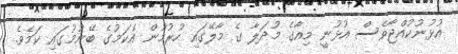
އުޅުނުކުއްޖާވެސް އުޅުނީ މިއާގެ މުދަލާ ގެ މާލޭގައި ހުރުމުން އެކަމުގެ ބޭނުމުގައި ކަމެވެ.